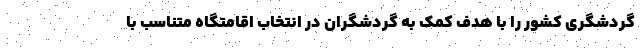
گردشگری کشور را با هدف کمک به گردشگران در انتخاب اقامتگاه متناسب با